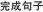
完成句子